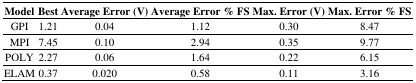
| Model | Best | Average Error (V) | Average Error % FS | Max. Error (V) | Max. Error % FS |
 | --- | --- | --- | --- | --- | --- |
 | GPI | 1.21 | 0.04 | 1.12 | 0.30 | 8.47 |
 | MPI | 7.45 | 0.10 | 2.94 | 0.35 | 9.77 |
 | POLY | 2.27 | 0.06 | 1.64 | 0.22 | 6.15 |
 | ELAM | 0.37 | 0.020 | 0.58 | 0.11 | 3.16 |